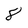
Character: 8